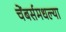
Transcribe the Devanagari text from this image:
चेंबर्समधल्या